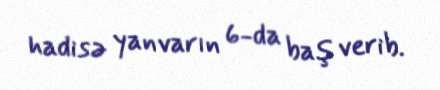
hadisə yanvarın 6-da baş verib.